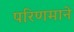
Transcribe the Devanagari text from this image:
परिणमाने